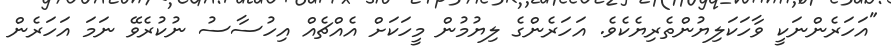
"އަހަރެންނަކީ ވާހަކަލިޔުންތެރިޔެކެވެ. އަހަރެންގެ ލިޔުމުން މީހަކަށް އެއްޗެއް އިހުސާސު ނުކުރެވޭ ނަމަ އަހަރެން